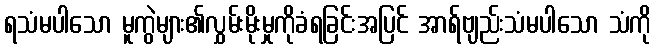
ရသံမပါသော မူကွဲများ၏လွှမ်းမိုးမှုကိုခံရခြင်းအပြင် အာရ်ဗျည်းသံမပါသော သံကို